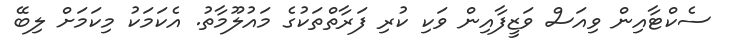
ސެކްޓާއިން ވިއަސް ވަޒީފާއިން ވަކި ކުރި ފަރާތްތަކުގެ މައުލޫމާތު. އެކަމަކު މިކަމަށް ލިބޭ